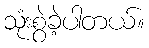
သုံးစွဲခဲ့ပါတယ်။